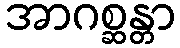
အာဂစ္ဆန္တာ